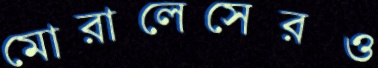
মোরালেসেরও